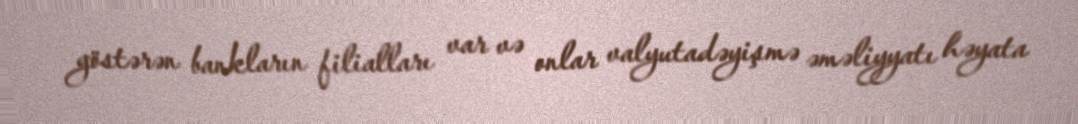
göstərən bankların filialları var və onlar valyutadəyişmə əməliyyatı həyata